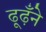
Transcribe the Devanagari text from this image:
ढूढ़ँने